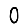
Digit: 0